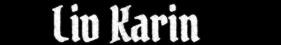
Liv Karin